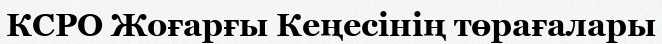
КСРО Жоғарғы Кеңесінің төрағалары